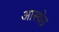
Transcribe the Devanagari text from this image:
आस्थेन्र